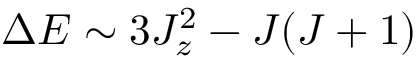
\Delta E \sim 3 J _ { z } ^ { 2 } - J ( J + 1 )